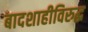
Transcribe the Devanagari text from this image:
बादशाहीविरुद्ध